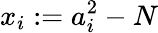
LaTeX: x_{i}:=a_{i}^{2}-N